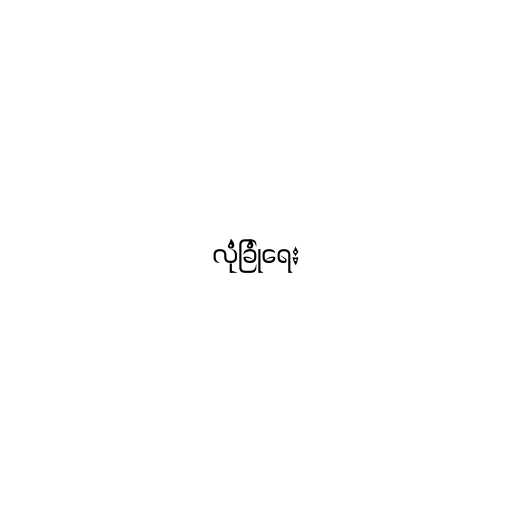
လုံခြုံရေး